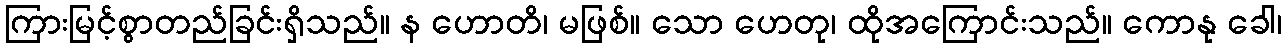
ကြားမြင့်စွာတည်ခြင်းရှိသည်။ န ဟောတိ၊ မဖြစ်။ သော ဟေတု၊ ထိုအကြောင်းသည်။ ကောနု ခေါ၊